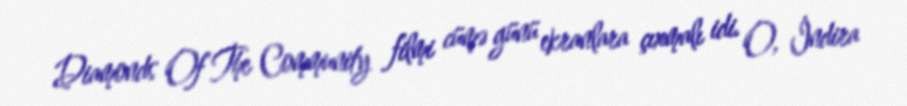
Diamonds Of The Community filmi cümə günü ekranlara çıxmalı idi. O, İndira